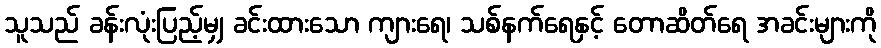
သူသည် ခန်းလုံးပြည့်မျှ ခင်းထားသော ကျားရေ၊ သစ်နက်ရေနှင့် တောဆိတ်ရေ အခင်းများကို